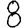
Digit: 8